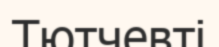
Тютчевті